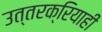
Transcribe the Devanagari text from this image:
उत्तरक्रियाही